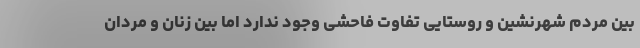
بین مردم شهرنشین و روستایی تفاوت فاحشی وجود ندارد اما بین زنان و مردان